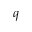
q